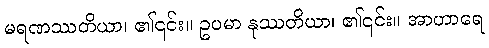
မရဏဿတိယာ၊ ၏၎င်း။ ဥပမာ နုဿတိယာ၊ ၏၎င်း။ အာဟာရေ